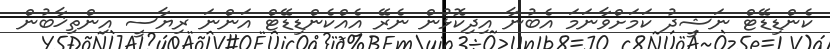
ކެންޑިޑޭޓް ނަޝީދު ކަމަށްވާނަމަ އެބުނާ އިދިކޮޅުން ނެރޭ އެއްކެންޑިޑޭޓް އަންނަ ރިޔާސީ އިންތިޚާބުން